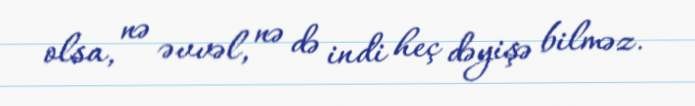
olsa, nə əvvəl, nə də indi heç dəyişə bilməz.